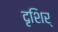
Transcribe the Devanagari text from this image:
दृशिर्